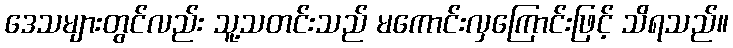
ဒေသများတွင်လည်း သူ့သတင်းသည် မကောင်းလှကြောင်းဖြင့် သိရသည်။